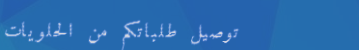
توصيل طلباتكم من الحلويات